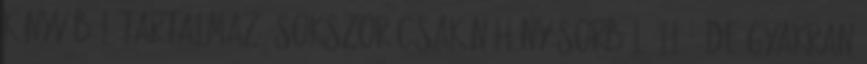
könyvéből tartalmaz, sokszor csak néhány sorból álló, de gyakran